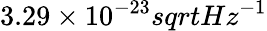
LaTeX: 3.29\times 10^{-23}sqrt{Hz}^{-1}